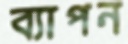
ব্যাপন